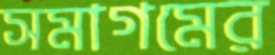
সমাগমের